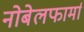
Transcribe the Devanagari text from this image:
नोबेलफार्मा